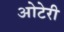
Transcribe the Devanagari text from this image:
ओटेरी